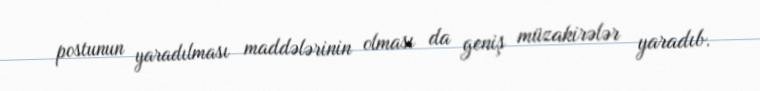
postunun yaradılması maddələrinin olması da geniş müzakirələr yaradıb.